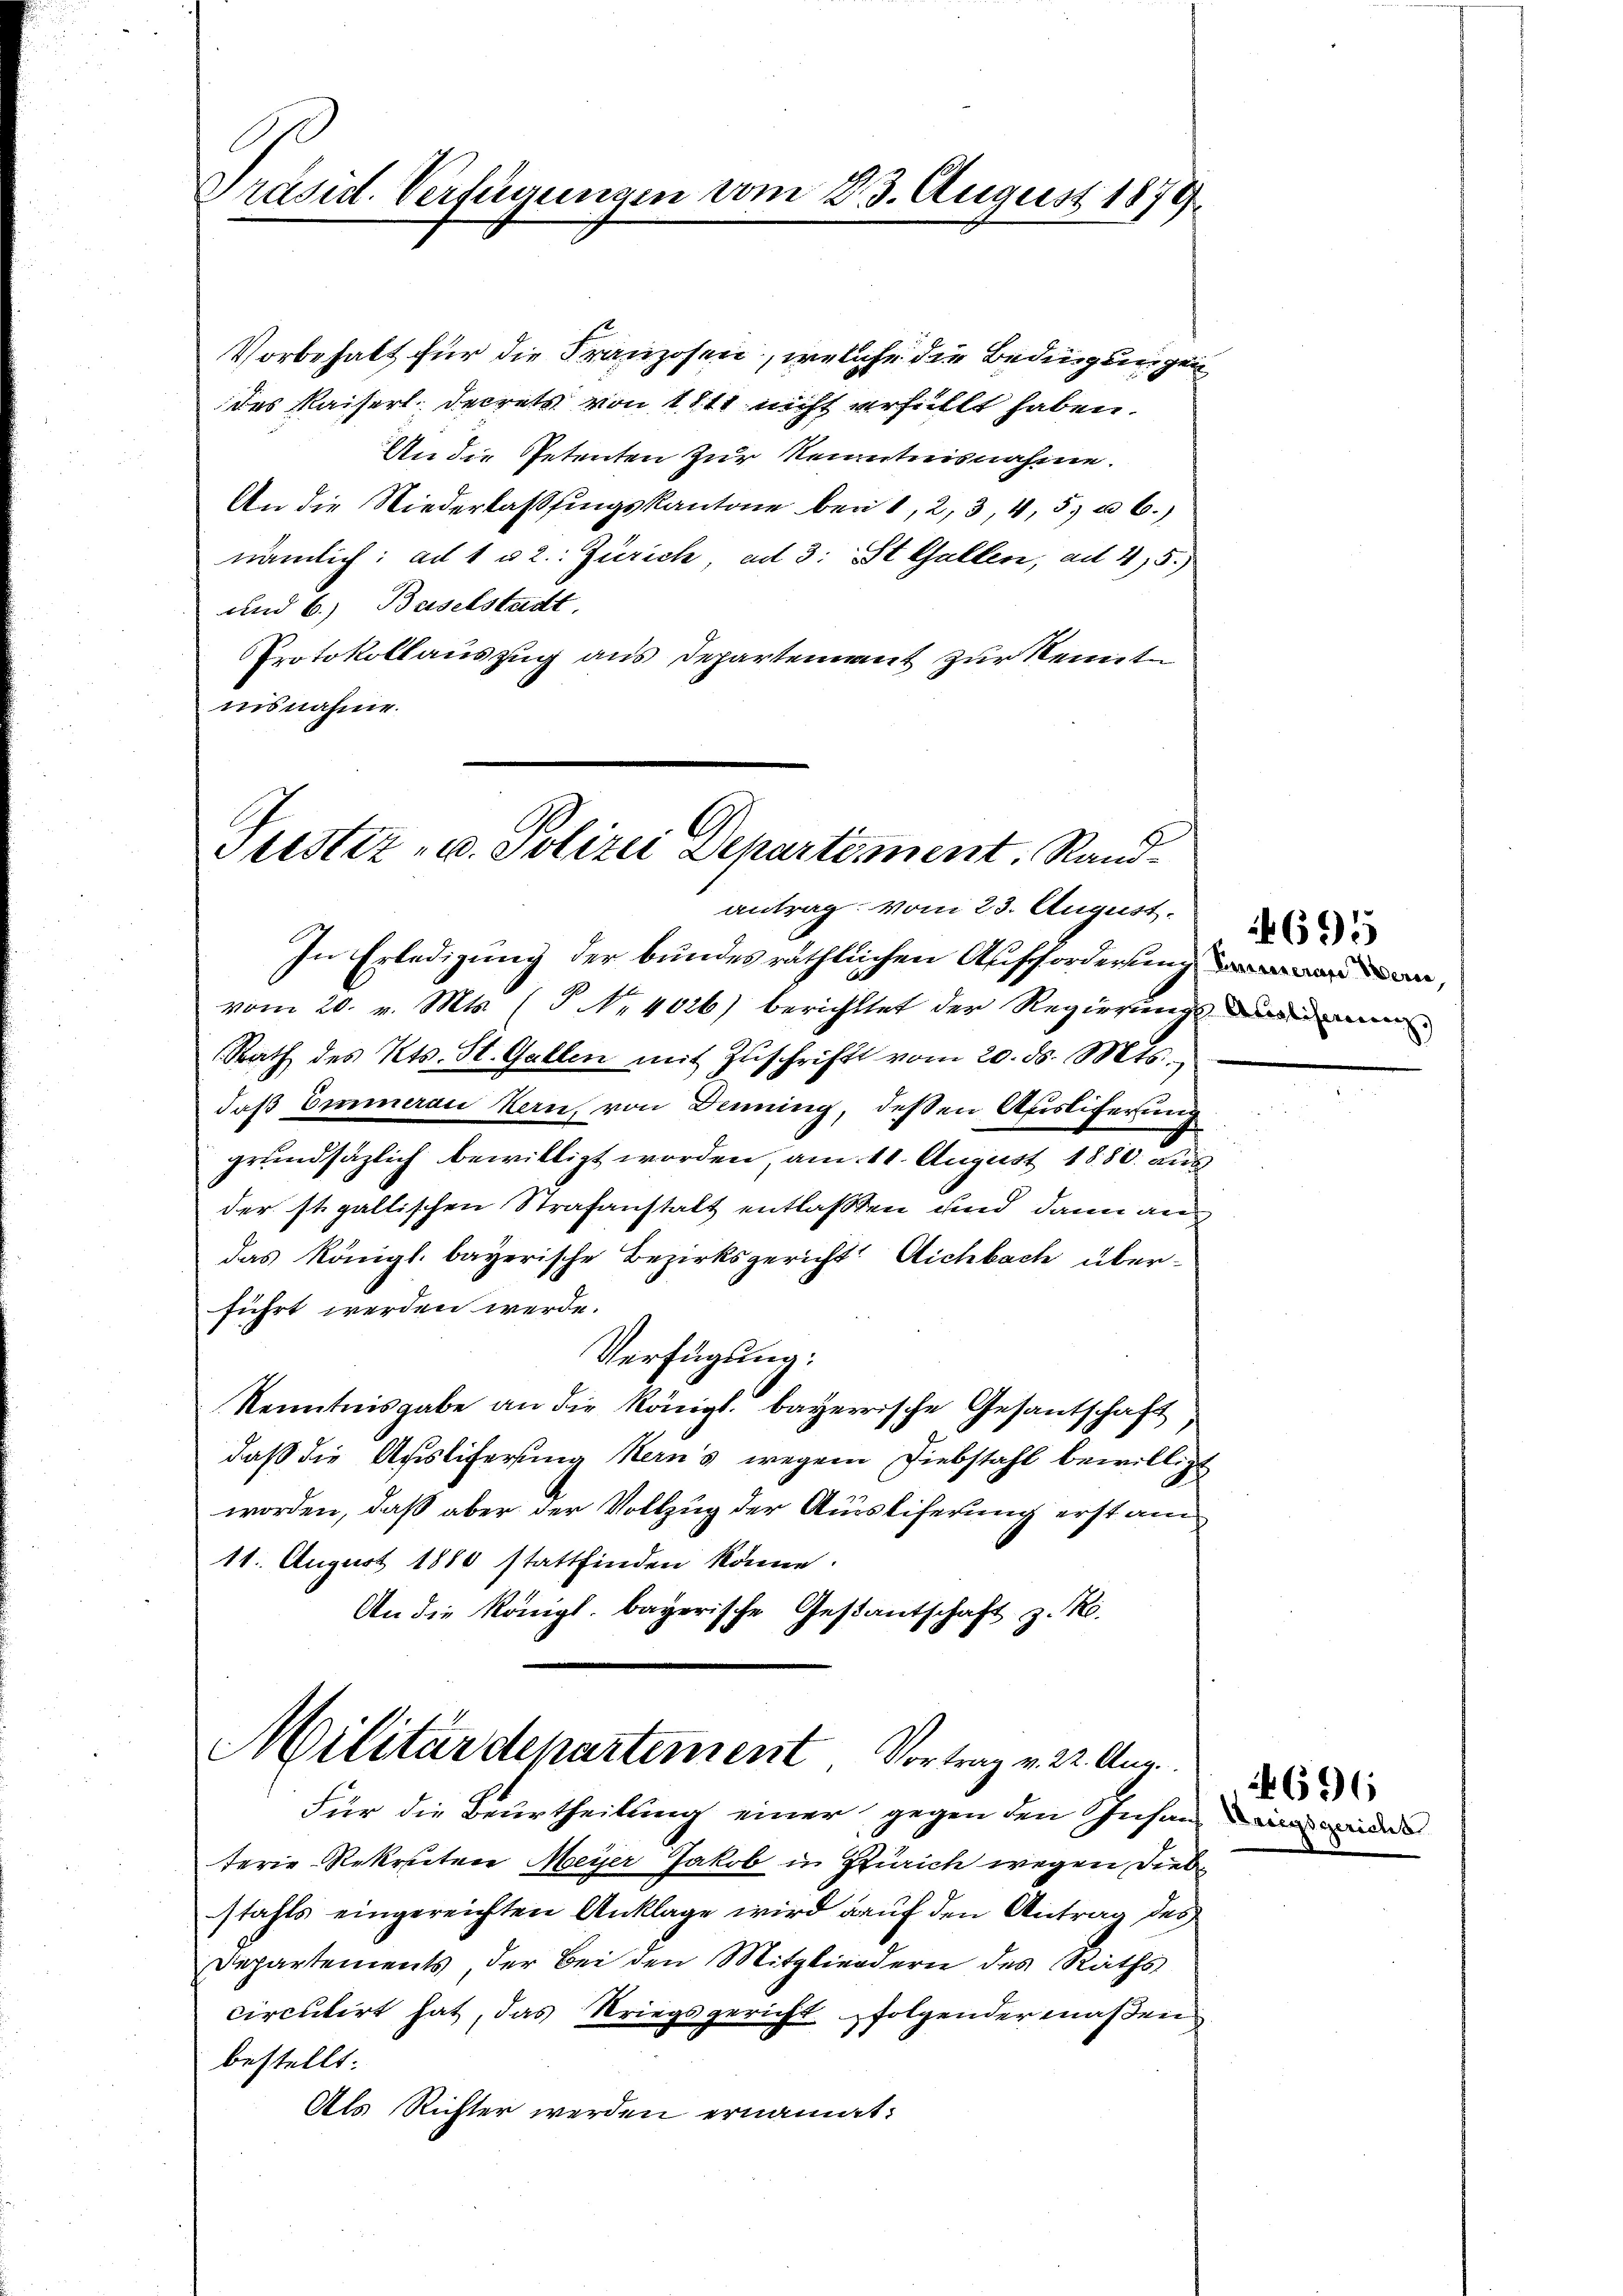
Präsid. Verfügungen vom 23. August 1870,

Vorbehalt für die Franzosen, welche die Bedingungen
des Kaiserl. Decrets von 1811 nicht erfüllt haben.
An die Petenten zur Kenntnisnahme.
An die Niederlassungskantone bei 1, 2, 3, 4, 5, u. 6.)
nämlich: ad 1 u 2. Zürich, ad 3: St. Gallen, ad 415.)
und 6.) Baselstadt.
Protokollauszug aus Departement zur Kenntn
insnahme.

Trestiz- u. Polizei Departement. Rand¬

vom 20. v. Mts. (T No 4026) berichttet der Regierungs-
Rath des Kts. St. Gallen mit Zŭschrift vom 20. ds. Mts.
daß Emmerau Kern, von Denning, deßen Ausliferung
grundsätzlich bewilligt worden, am 11. August 1880. aus
der st. gallischen Strafanstalt entlassen und dann an
das Königl. bayerische Bezirksgericht: Aichbach überführt werden werde.
Verfügung:
Kenntnisgabe an die königl. bayerische Gesantschaft
daß die Ausliferung Kern's wegen Diebstahl bewilligt
worden, daß aber der Vollzug der Ausstiferung erst am
11. August 1880 stattfinden könne.
An die Königl. bayerische Gestantschaft z. R.

antrag vom 23. August.
In Erledigung der bundesräthlichen Aufforderung de

Militärdepartement Vortrag v. 22. Aug.

Für die Beurtheilung einer gegen den Insanzen weder
terie Rekreter Meyer Jakob in Zürich wegen Diebstahls eingereichten Anklage wird auf den Antrag des
Departements, der Bei den Mitgliedern des Raths
circutirt hat, das Kriegsgericht folgendermaßen
bestellt:
Als Richter werden ernannt:

695

4696